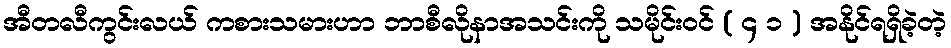
အီတလီကွင်းလယ် ကစားသမားဟာ ဘာစီလိုနာအသင်းကို သမိုင်းဝင် ( ၄ ၁ ) အနိုင်ရရှိခဲ့တဲ့